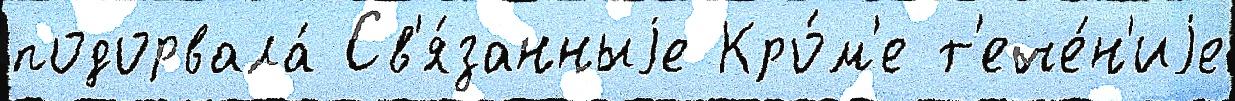
подорвала́ Св'я́занныjе Кро́м'е т'ече́н'иjе